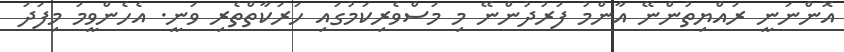
އޮންނަނީ ރައްޔިތުންނޭ އާންމު ފަރުދުންނޭ މި މަސްވެރިކަމުގައި ހަރަކާތްތެރި ވަނީ. އެހެންވީމަ މިފަދަ